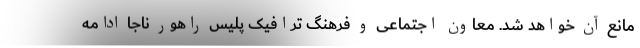
مانع آن خواهد شد. معاون اجتماعی و فرهنگ ترافیک پلیس راهور ناجا ادامه